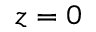
z = 0